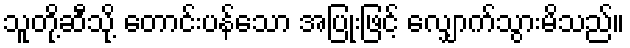
သူတို့ဆီသို့ တောင်းပန်သော အပြုံးဖြင့် လျှောက်သွားမိသည်။